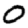
Digit: 0